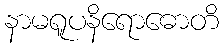
နာမရူပနိရောဓောတိ